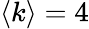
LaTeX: \langle k\rangle=4